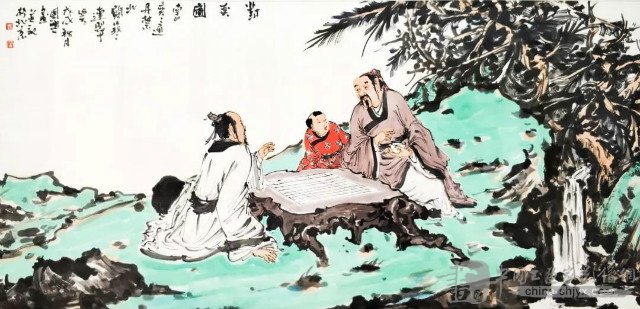
我有一罇酒，欲以赠远人。